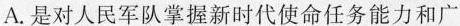
A.是对人民军队掌握新时代使命任务能力和广